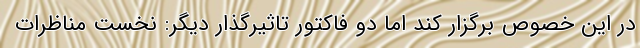
در این خصوص برگزار کند اما دو فاکتور تاثیرگذار دیگر: نخست مناظرات